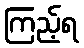
ကြည့်ရ